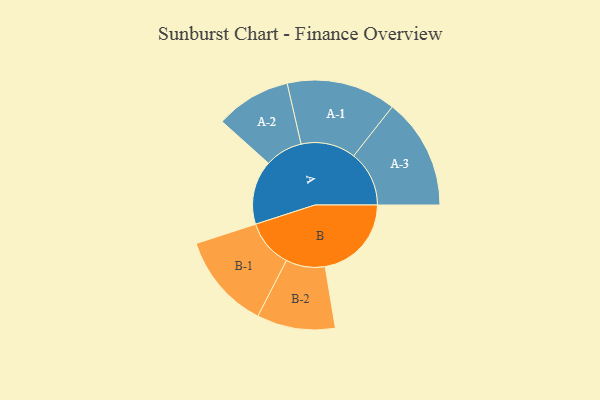
{"axis": {"x": "Segment", "y": "Value"}, "legend": ["", "A", "B"], "data": [{"x": "A", "y": 335, "type": ""}, {"x": "B", "y": 451, "type": ""}, {"x": "A-1", "y": 286, "type": "A"}, {"x": "A-2", "y": 197, "type": "A"}, {"x": "A-3", "y": 290, "type": "A"}, {"x": "B-1", "y": 251, "type": "B"}, {"x": "B-2", "y": 205, "type": "B"}]}